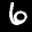
Label: 6